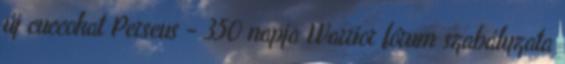
új cuccokat Perseus - 350 napja Warrior fórum szabályzata